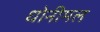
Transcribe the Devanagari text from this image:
धोनीमल